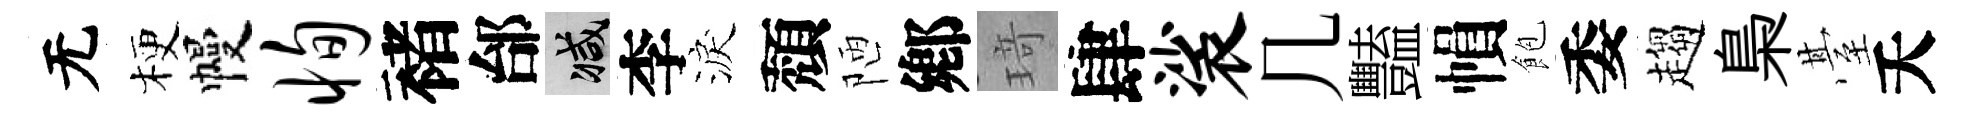
无梗幔恂褚邰减李淚頽陋鄕𤦺肆裟几豔𢄙飽委趨梟䑓夭